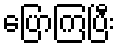
ပြောကြပြီး